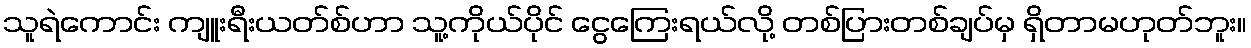
သူရဲကောင်း ကျူးရီးယတ်စ်ဟာ သူ့ကိုယ်ပိုင် ငွေကြေးရယ်လို့ တစ်ပြားတစ်ချပ်မှ ရှိတာမဟုတ်ဘူး။